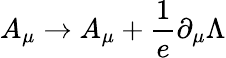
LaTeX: A_{\mu}\to A_{\mu}+\frac{1}{e}\partial_{\mu}\Lambda